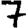
Digit: 7